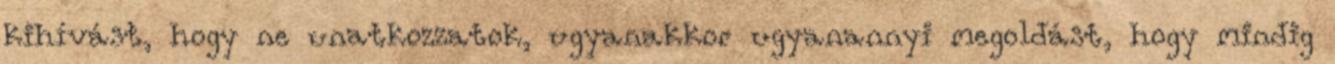
kihívást, hogy ne unatkozzatok, ugyanakkor ugyanannyi megoldást, hogy mindig